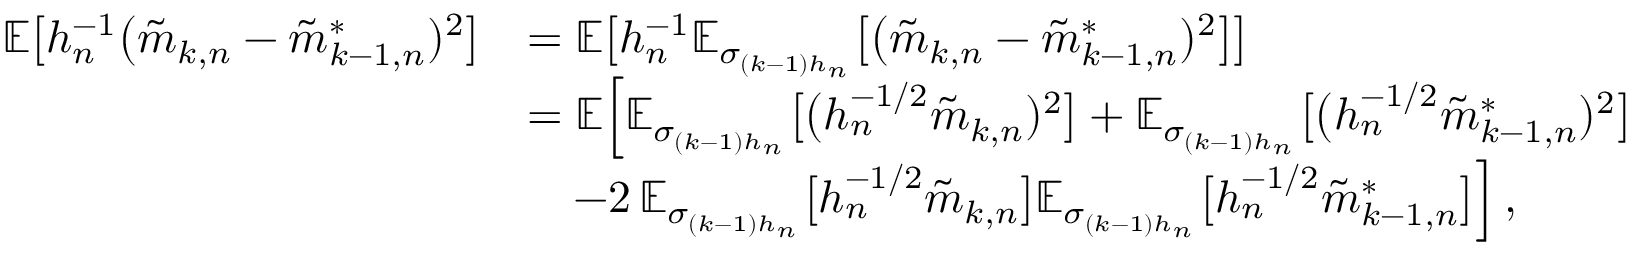
\begin{array} { r l } { \mathbb { E } \big [ h _ { n } ^ { - 1 } \big ( \tilde { m } _ { k , n } - \tilde { m } _ { k - 1 , n } ^ { * } ) ^ { 2 } \big ] } & { = \mathbb { E } \big [ h _ { n } ^ { - 1 } \mathbb { E } _ { \sigma _ { ( k - 1 ) h _ { n } } } \big [ \big ( \tilde { m } _ { k , n } - \tilde { m } _ { k - 1 , n } ^ { * } ) ^ { 2 } \big ] \big ] } \\ & { = \mathbb { E } \Big [ \mathbb { E } _ { \sigma _ { ( k - 1 ) h _ { n } } } \big [ \big ( h _ { n } ^ { - 1 / 2 } \tilde { m } _ { k , n } ) ^ { 2 } \big ] + \mathbb { E } _ { \sigma _ { ( k - 1 ) h _ { n } } } \big [ \big ( h _ { n } ^ { - 1 / 2 } \tilde { m } _ { k - 1 , n } ^ { * } ) ^ { 2 } \big ] } \\ & { \quad - 2 \, \mathbb { E } _ { \sigma _ { ( k - 1 ) h _ { n } } } \big [ h _ { n } ^ { - 1 / 2 } \tilde { m } _ { k , n } \big ] \mathbb { E } _ { \sigma _ { ( k - 1 ) h _ { n } } } \big [ h _ { n } ^ { - 1 / 2 } \tilde { m } _ { k - 1 , n } ^ { * } \big ] \Big ] \, , } \end{array}